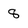
Character: 8